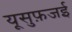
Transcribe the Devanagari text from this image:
यूसुफ़जई